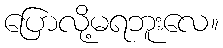
ပြောလို့မရဘူးလေ။